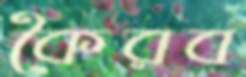
কৈরব